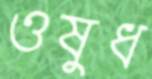
ওষুধ